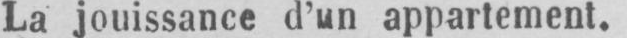
La jouissance d’un appartement.